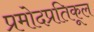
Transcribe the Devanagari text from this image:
प्रमोदप्रतिकूल